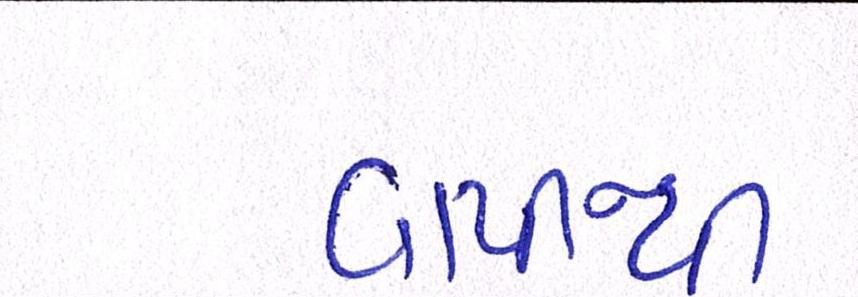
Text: વાપીથી